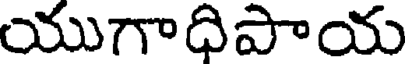
యుగాధిపాయ